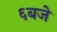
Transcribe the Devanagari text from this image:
६बजे